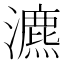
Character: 瀌